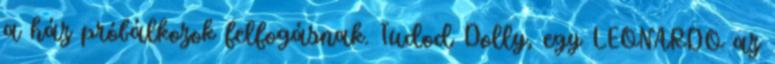
a ház próbálkozok felfogásnak. Tudod Dolly, egy LEONARDO az